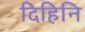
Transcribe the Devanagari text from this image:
दिहिनि